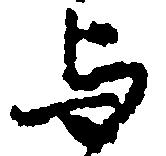
与